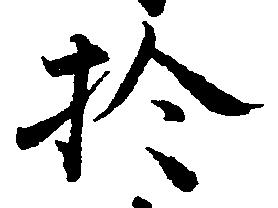
於